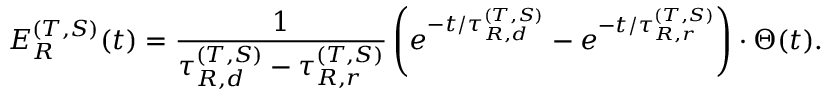
E _ { R } ^ { ( T , S ) } ( t ) = \frac { 1 } { \tau _ { R , d } ^ { ( T , S ) } - \tau _ { R , r } ^ { ( T , S ) } } \left( e ^ { - t / \tau _ { R , d } ^ { ( T , S ) } } - e ^ { - t / \tau _ { R , r } ^ { ( T , S ) } } \right) \cdot \Theta ( t ) .